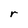
Character: r